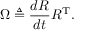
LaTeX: \Omega \triangleq { \frac { d R } { d t } } R ^ { \mathrm { T } } .